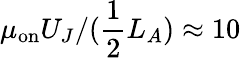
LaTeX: \mu_{\mathrm{on}}U_{J}/(\frac{1}{2}L_{A})\approx 10